Report on vaccination in the Province of Bengal - 1874-1889
Year: 1874
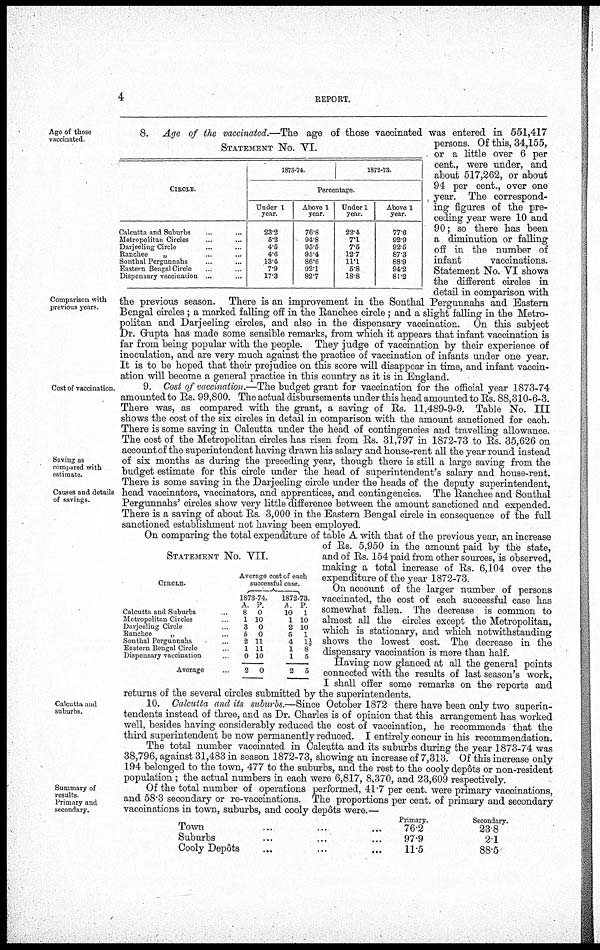
4
REPORT.
Age of those
vaccinated.
Comparison with
previous years.
STATEMENT No. VI.
CIRCLE.
Calcutta and Suburbs... ...
Metropolitan Circles... ...
Darjeehng Circle... ...
Ranchee
„ ... ...
Sonthal Pergunnahs... ...
Eastern Bengal Circle... ...
Dispensary vaccination... ...
1873-74.
1872-73.
Percentage.
Under 1
year.
23.2
5.2
4.5
4.6
13.4
7.9
17.3
Above 1
year.
76.8
94.8
95.5
95.4
86.6
92.1
82.7
Under 1
year.
22.4
7.1
7.5
12.7
11.1
5.8
18.8
Above 1
year.
77.6
92.9
92.5
87.3
88.9
94.2
81.2
8. Age of the vaccinated.—The age of those vaccinated was entered in 551,417
persons. Of this, 34,155,
or a little over 6 per
cent., were under, and
about 517,262, or about
94 per cent., over one
year. The correspond-
ing figures of the pre-
ceding year were 10 and
90; so there has been
a diminution or falling
off in the number of
infant
vaccinations.
Statement No. VI shows
the different circles in
detail in comparison with
the previous season. There is an improvement in the Sonthal Pergunnahs and Eastern
Bengal circles ; a marked falling off in the Ranchee circle; and a slight falling in the Metro-
politan and Darjeeling circles, and also in the dispensary vaccination. On this subject
Dr. Gupta has made some sensible remarks, from which it appears that infant vaccination is
far from being popular with the people. They judge of vaccination by their experience of
inoculation, and are very much against the practice of vaccination of infants under one year.
It is to be hoped that their prejudice on this score will disappear in time, and infant vaccin-
ation will become a general practice in this country as it is in England.
Cost of vaccination.
Saving as
compared with
estimate.
Causes and details
of savings.
9. Cost of vaccination.—The budget grant for vaccination for the official year 1873-74
amounted to Rs. 99,800. The actual disbursements under this head amounted to Rs. 88,310-6-3.
There was, as compared with the grant, a saving of Rs. 11,489-9-9. Table No. III
shows the cost of the six circles in detail in comparison with the amount sanctioned for each.
There is some saving in Calcutta under the head of contingencies and travelling allowance.
The cost of the Metropolitan circles has risen from Rs. 31,797 in 1872-73 to Rs. 35,626 on
account of the superintendent having drawn his salary and house-rent all the year round instead
of six months as during the preceding year, though there is still a large saving from the
budget estimate for this circle under the head of superintendent's salary and house-rent.
There is some saving in the Darjeeling circle under the heads of the deputy superintendent,
head vaccinators, vaccinators, and apprentices, and contingencies. The Ranchee and Sonthal
Pergunnahs' circles show very little difference between the amount sanctioned and expended.
There is a saving of about Rs. 3,000 in the Eastern Bengal circle in consequence of the full
sanctioned establishment not having been employed.
STATEMENT No. VII.
CIRCLE.
Calcutta and Suburbs...
Metropolitan Circles ...
Darjeeling Circle ...
Ranchee
„ ...
Sonthal Pergunnahs...
Eastern Bengal Circle...
Dispensary vaccination ...
Average...
Average cost of each
successful case.
1873-74.
A.
8
1
3
5
2
1
0
2
P.
0
10
0
0
11
11
10
0
1872-73.
A.
10
1
2
5
4
1
1
2
P.
1
10
10
1
1 1/5
8
5
5
On comparing the total expenditure of table A with that of the previous year, an increase
of Rs. 5,950 in the amount paid by the state,
and of Rs. 154 paid from other sources, is observed,
making a total increase of Rs. 6,104 over the
expenditure of the year 1872-73.
On account of the larger number of persons
vaccinated, the cost of each successful case has
somewhat fallen. The decrease is common to
almost all the circles except the Metropolitan,
which is stationary, and which notwithstanding
shows the lowest cost. The decrease in the
dispensary vaccination is more than half.
Having now glanced at all the general points
connected with the results of last season's work,
I shall offer some remarks on the reports and
returns of the several circles submitted by the superintendents.
Calcutta and
suburbs.
10. Calcutta and its suburbs.—Since October 1872 there have been only two superin-
tendents instead of three, and as Dr. Charles is of opinion that this arrangement has worked
well, besides having considerably reduced the cost of vaccination, he recommends that the
third superintendent be now permanently reduced. I entirely concur in his recommendation.
The total number vaccinated in Calcutta and its suburbs during the year 1873-74 was
38,796, against 31,483 in season 1872-73, showing an increase of 7,313. Of this increase only
194 belonged to the town, 477 to the suburbs, and the rest to the cooly depôts or non-resident
population ; the actual numbers in each were 6,817, 8,370, and 23,609 respectively.
Summary of
results
Primary and
secondary.
Of the total number of operations performed, 41.7 per cent. were primary vaccinations,
and 58.3 secondary or re-vaccinations. The proportions per cent. of primary and secondary
vaccinations in town, suburbs, and cooly depôts were.—
Town ... ... ...
Suburbs ... ... ...
Cooly Depôts ... ... ...
Primary.
76.2
97.9
11.5
Secondary.
23.8
2.1
88.5